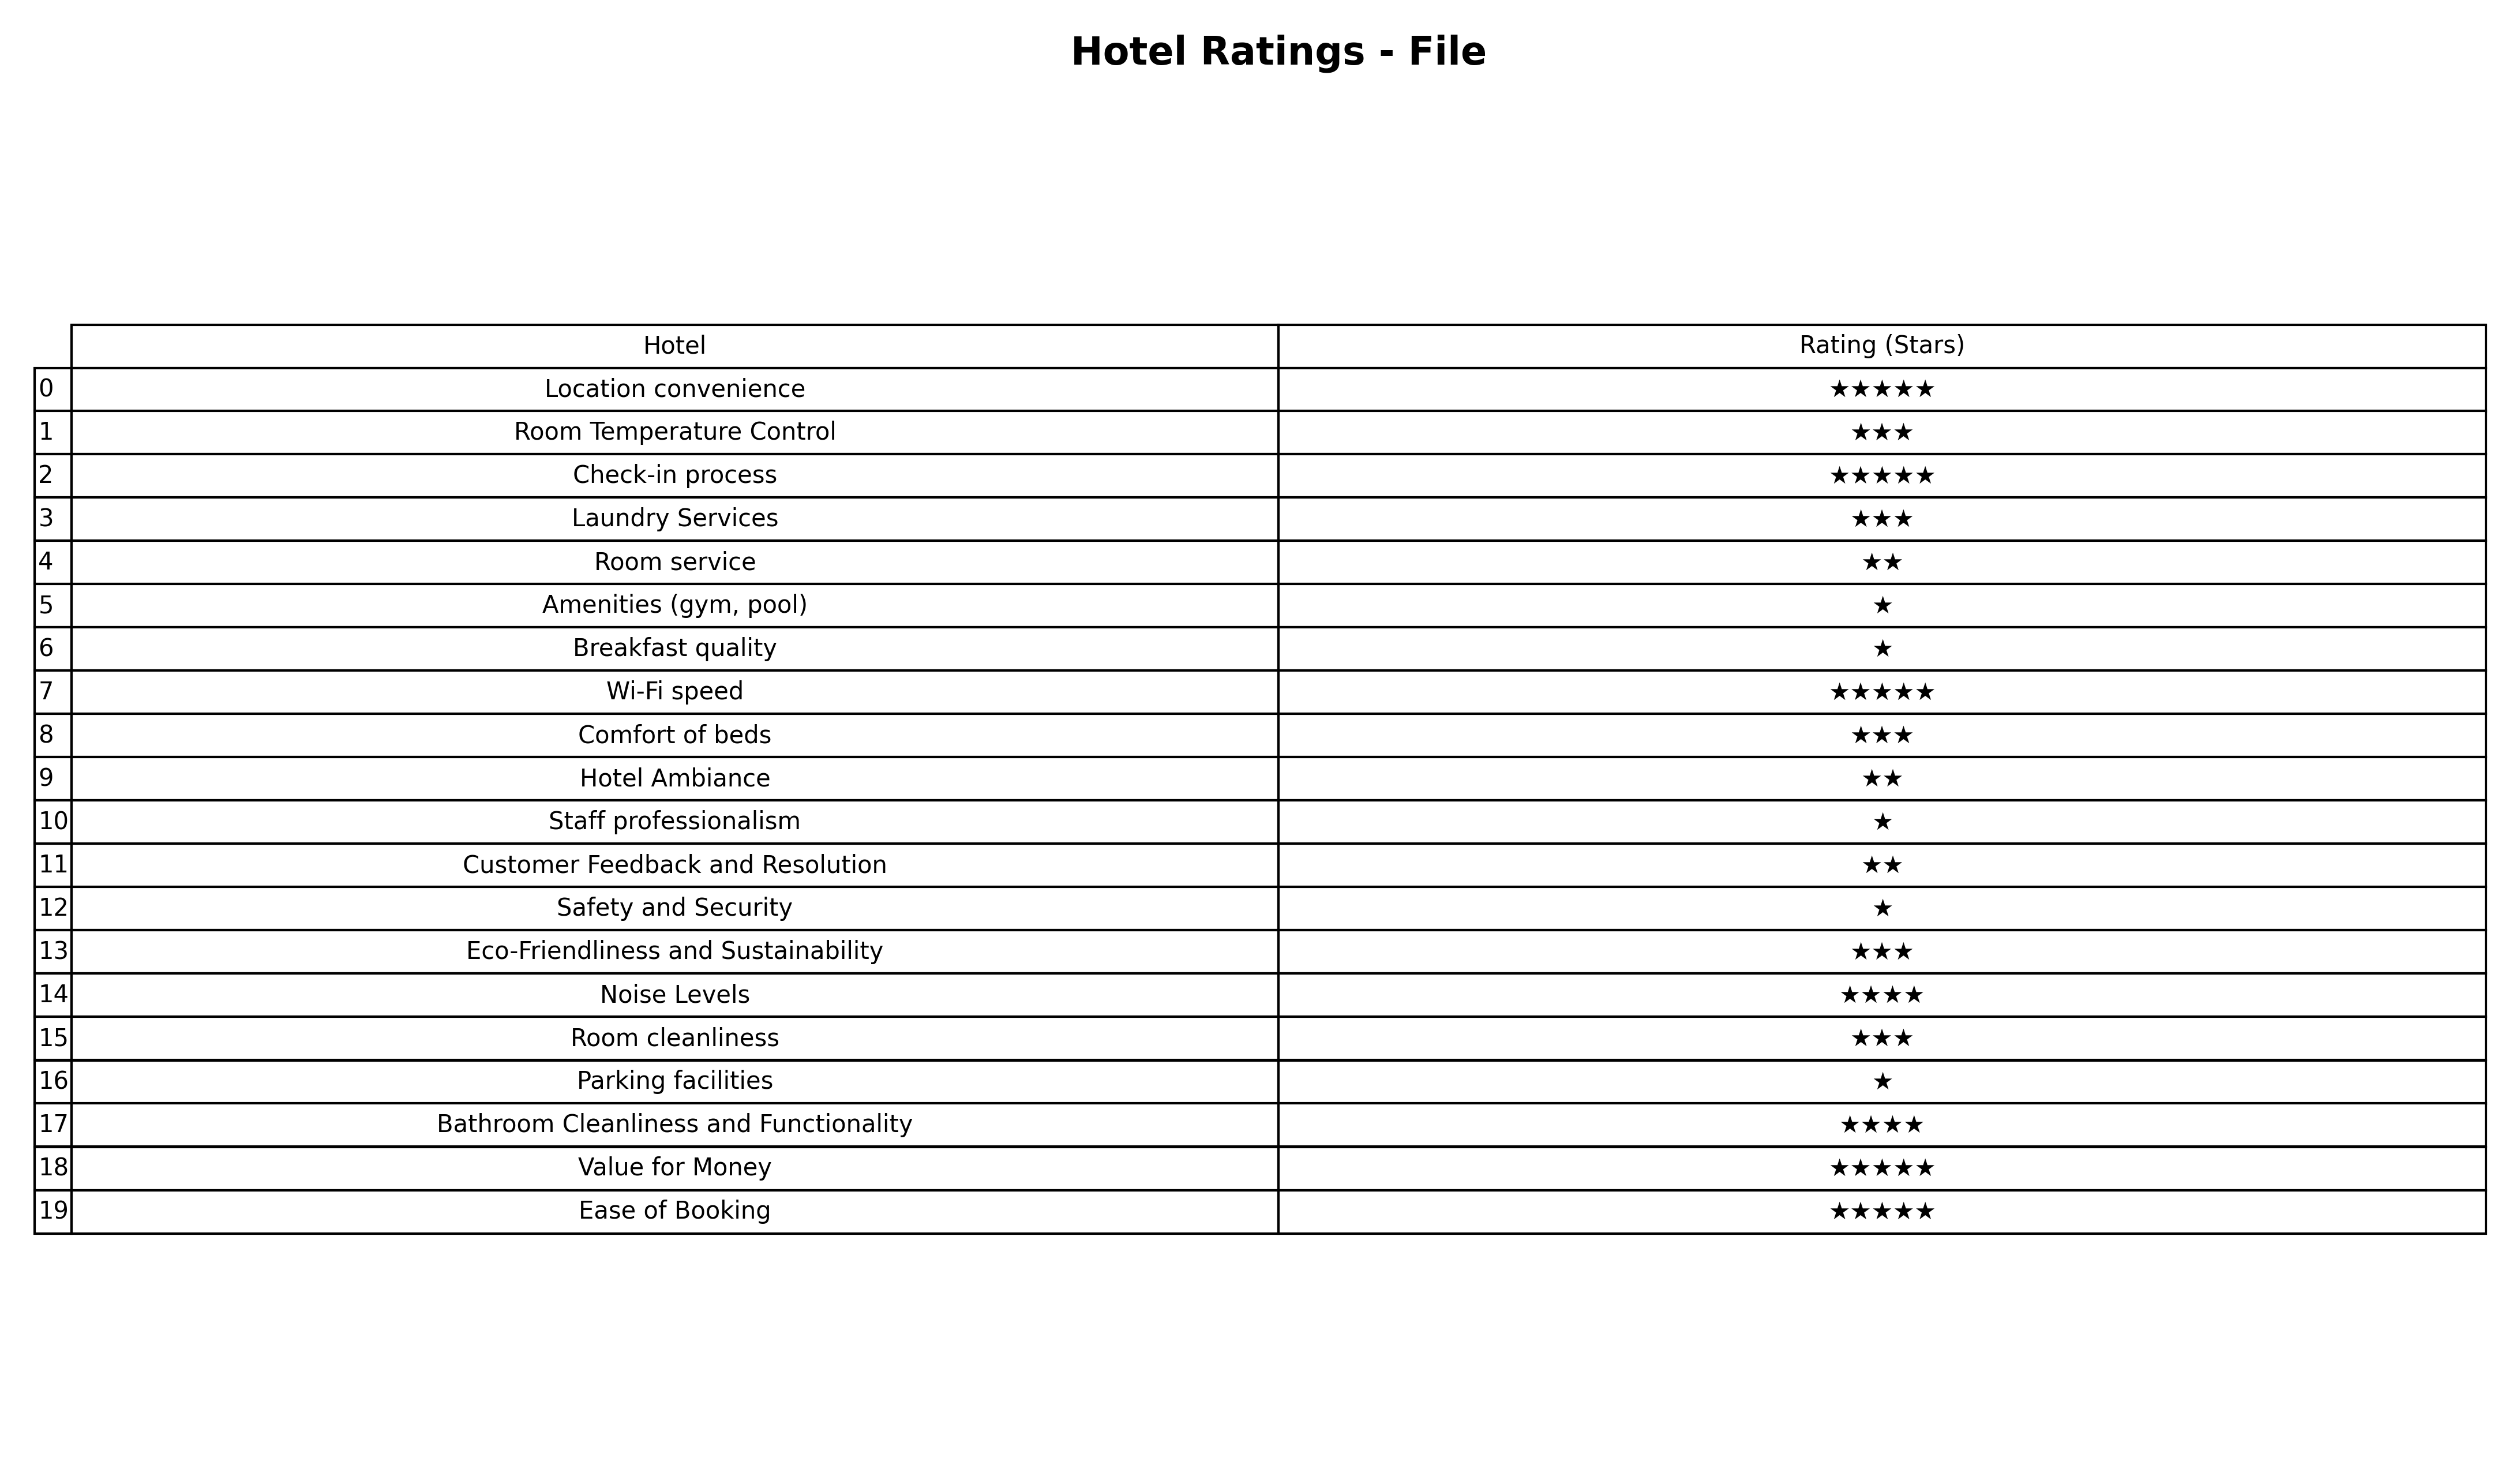
question: What is the rating of Laundry Services?
answer: ★★★